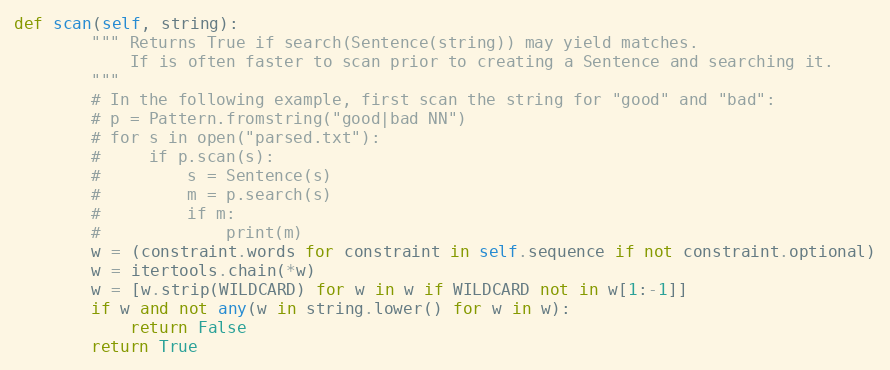
Language: Python
def scan(self, string):
        """ Returns True if search(Sentence(string)) may yield matches.
            If is often faster to scan prior to creating a Sentence and searching it.
        """
        # In the following example, first scan the string for "good" and "bad":
        # p = Pattern.fromstring("good|bad NN")
        # for s in open("parsed.txt"):
        #     if p.scan(s):
        #         s = Sentence(s)
        #         m = p.search(s)
        #         if m:
        #             print(m)
        w = (constraint.words for constraint in self.sequence if not constraint.optional)
        w = itertools.chain(*w)
        w = [w.strip(WILDCARD) for w in w if WILDCARD not in w[1:-1]]
        if w and not any(w in string.lower() for w in w):
            return False
        return True